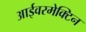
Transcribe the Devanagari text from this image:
आईवरमेक्टिन